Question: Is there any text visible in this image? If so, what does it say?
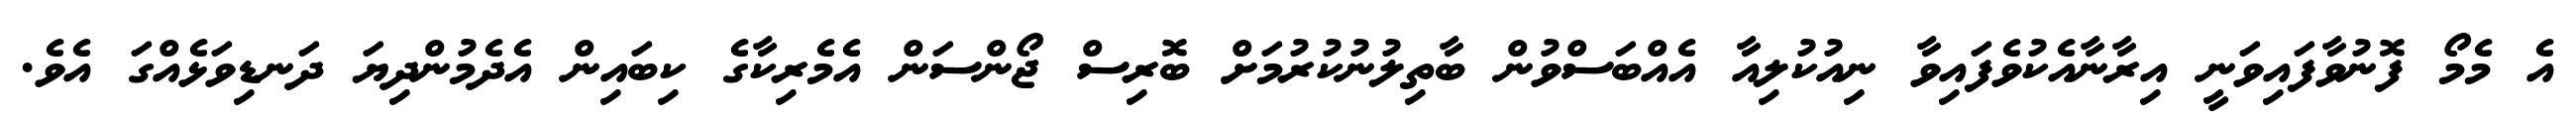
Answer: އެ މެމޯ ފޮނުވާފައިވަނީ އިރާނާއެކުވެފައިވާ ނިއުކުލިއާ އެއްބަސްވުން ބާތިލުނުކުރުމަށް ބޮރިސް ޖޯންސަން އެމެރިކާގެ ކިބައިން އެދެމުންދިޔަ ދަނޑިވަޅެއްގަ އެވެ.